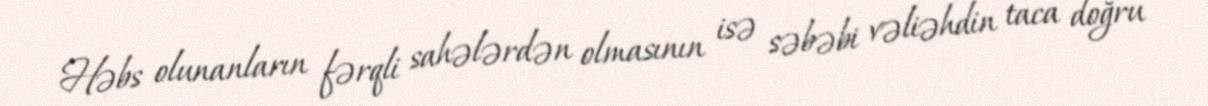
Həbs olunanların fərqli sahələrdən olmasının isə səbəbi vəliəhdin taca doğru